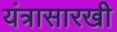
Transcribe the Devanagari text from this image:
यंत्रासारखी